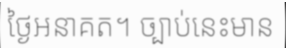
ថ្ងៃអនាគត។ ច្បាប់នេះមាន